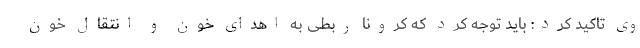
وی تاکید کرد: باید توجه کرد که کرونا ربطی به اهدای خون و انتقال خون